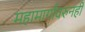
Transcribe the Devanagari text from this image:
महामार्गावरुनही